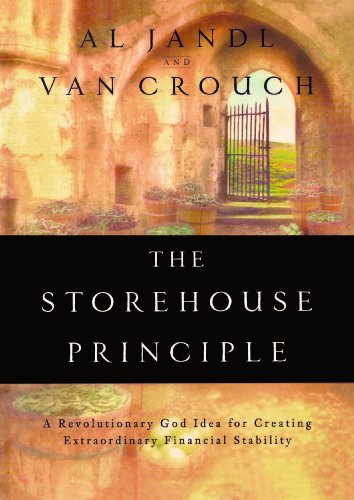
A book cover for The Storehouse principle: A Revolutionary God Idea For Creating Extraordinary Financial Stability; CROUCH VAN; Christian Books & Bibles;